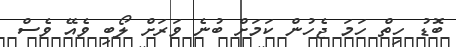
ބޮޑު ހިތް ހަމަ ޖެހުން ކަމަށް ބުނެ ވަރަށް ލޯބި ވެއޭ ވެސް